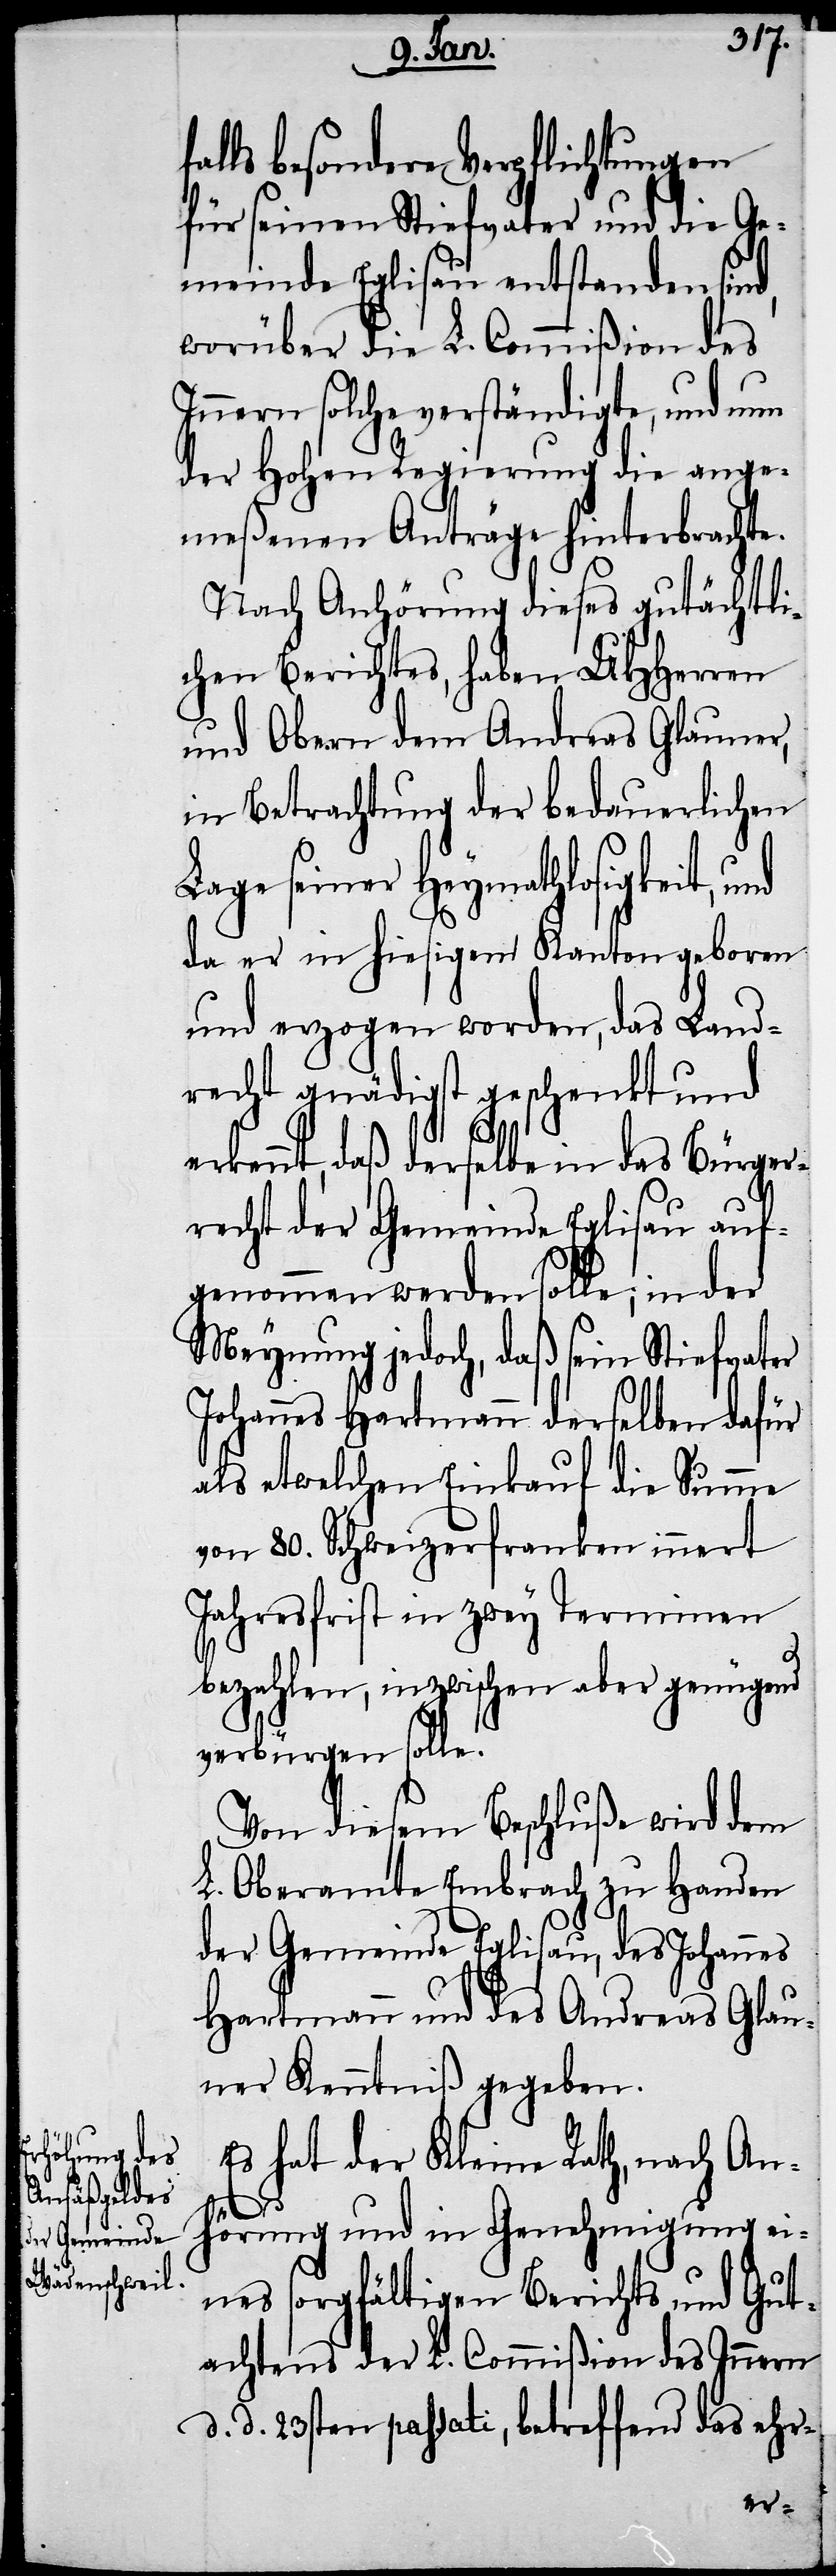
alls besondere Verpflichtungen
für seinen Stiefvater und die Ge¬
meinde Eglisau entstanden sind,
worüber die L. Commißion des
Innern solche verständigte, und nun
der Hohen Regierung die ange¬
meßenen Anträge hinterbrachte.
Nach Anhörung dieses gutächtli¬
chen Berichtes, haben UHHerren
und Obern dem Andreas Glauner,
in Betrachtung der bedauerlichen
Lage seiner Heymathlosigkeit,
da er in hiesigem Kanton geboren
und erzogen worden, das Land¬
recht gnädigst geschenkt und
ennt, daß derselbe in das Bürger¬
recht der Gemeinde Eglisau auf¬
genommen werden solle; in der
Meynung jedoch, daß sein Stiefvater
Johannes Hartmann derselben dafür
als etwelchen Einkauf die Summe
von 80. Schweizerfranken innert
Jahresfrist in zwey Terminen
bezahlen, inzwischen aber genügend
verbürgen solle.
Von diesem Beschluße wird dem
L. Oberamte Embrach zu Handen
der Gemeinde Eglisau, des Johannes
Hartmann und des Andreas Glau¬
ner Kenntniß gegeben.
Es hat der Kleine Rath, nach An¬
hörung und in Genehmigung ei¬
nes sorgfältigen Berichts und Gut¬
achtens der L. Commißion des Innern
d. d. 23sten passati, betreffend das ehr-
erk¬